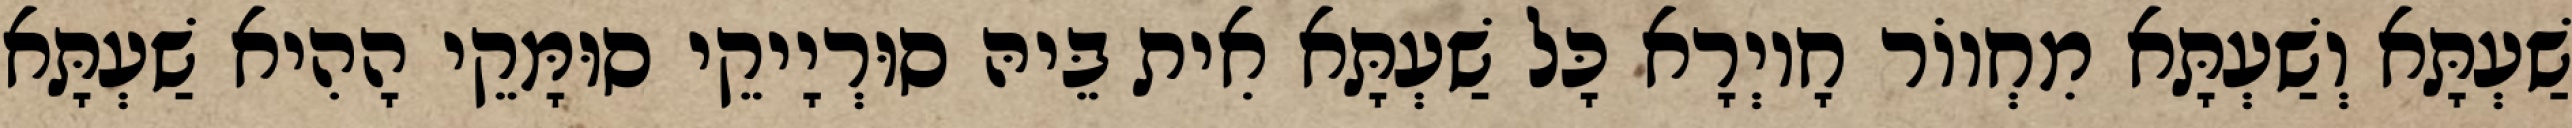
שַׁעְתָּא וְשַׁעְתָּא מִחְווֹר חָיוְרָא כָּל שַׁעְתָּא אִית בֵּיהּ סוּרְיָיקֵי סוּמָּקֵי הָהִיא שַׁעְתָּא